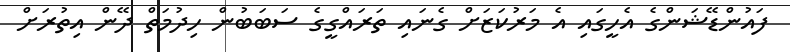
ފައުންޑޭޝަންގެ އެހީގައި އެ މަރުކަޒަށް ގެނައި ތަރައްގީގެ ސަބަބުން ހިދުމަތް ދޭން އިތުރަށް